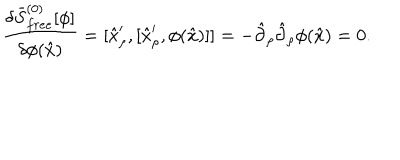
LaTeX: { \frac { \delta \bar { S } _ { f r e e } ^ { ( 0 ) } [ \phi ] } { \delta \phi ( \hat { x } ) } } = [ \hat { x } _ { \rho } ^ { \prime } , [ \hat { x } _ { \rho } ^ { \prime } , \phi ( \hat { x } ) ] ] = - \hat { \partial } _ { \rho } \hat { \partial } _ { \rho } \phi ( \hat { x } ) = 0 .